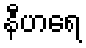
နီဟရေ